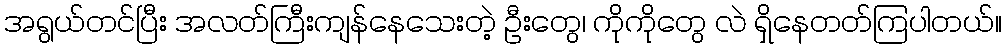
အရွယ်တင်ပြီး အလတ်ကြီးကျန်နေသေးတဲ့ ဦးတွေ၊ ကိုကိုတွေ လဲ ရှိနေတတ်ကြပါတယ်။